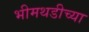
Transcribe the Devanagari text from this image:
भीमथडीच्या